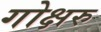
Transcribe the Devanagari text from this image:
गोक्षरु